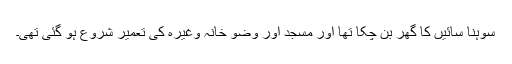
سوہنا سائیں کا گھر بن چکا تھا اور مسجد اور وضو خانہ وغیرہ کی تعمیر شروع ہو گئی تھی۔